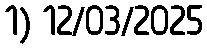
1) 12/03/2025